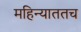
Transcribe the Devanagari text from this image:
महिन्याततच